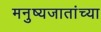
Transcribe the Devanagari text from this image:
मनुष्यजातांच्या